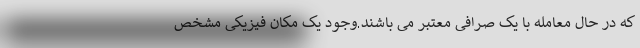
که در حال معامله با یک صرافی معتبر می باشند.وجود یک مکان فیزیکی مشخص